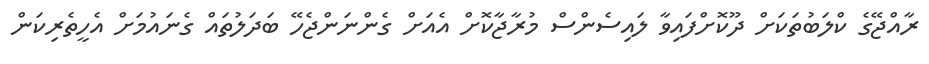
ރާއްޖޭގެ ކްލަބުތަކަށް ދޫކޮށްފައިވާ ލައިސެންސް މުރާޖާކޮށް އެއަށް ގެންނަންޖެހޭ ބަދަލުތައް ގެނައުމަށް އެހީތެރިކަން